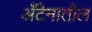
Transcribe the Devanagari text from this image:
अँटेनातील